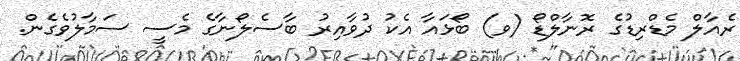
ރެއާލް މެޑްރިޑުގެ ރޮނާލްޑޯ (ވ) ބޯޅައާ އެކު ދުވާއިރު ބާސެލޯނާގެ މެސީ ސަމާލުވެގެން.